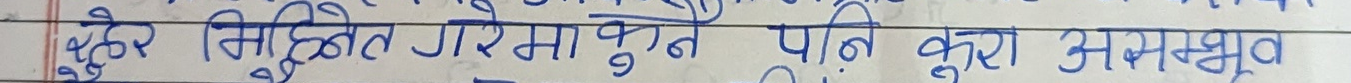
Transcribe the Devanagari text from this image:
भुहेर मिहिनेत गरिमा बुझे पनि कुरा अस्पष्ट